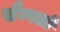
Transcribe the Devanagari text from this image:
सैम्पलों